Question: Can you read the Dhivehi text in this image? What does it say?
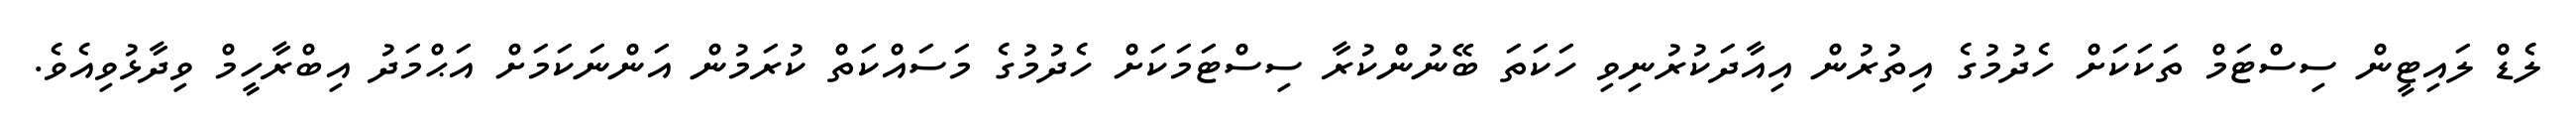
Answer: ލެޑް ލައިޓީން ސިސްޓަމް ތަކަކަށް ހެދުމުގެ އިތުރުން އިއާދަކުރުނިވި ހަކަތަ ބޭނުންކުރާ ސިސްޓަމަކަށް ހެދުމުގެ މަސައްކަތް ކުރަމުން އަންނަކަމަށް އަޙްމަދު އިބްރާހީމް ވިދާޅުވިއެވެ.